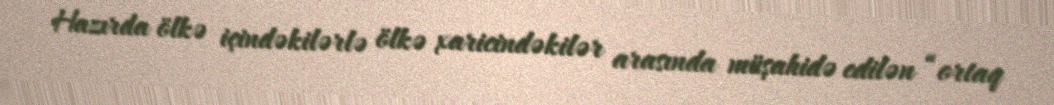
Hazırda ölkə içindəkilərlə ölkə xaricindəkilər arasında müşahidə edilən “ortaq